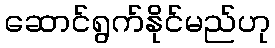
ဆောင်ရွက်နိုင်မည်ဟု